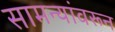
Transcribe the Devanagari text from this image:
सामन्यांवरून